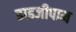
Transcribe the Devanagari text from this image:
डाइजीपाम